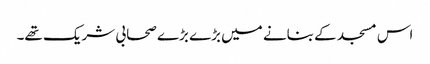
اس مسجد کے بنانے میں بڑے بڑے صحابی شریک تھے۔